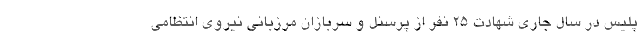
پلیس در سال جاری شهادت ۲۵ نفر از پرسنل و سربازان مرزبانی نیروی انتظامی